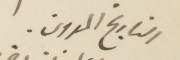
التاريخ المدون.